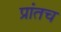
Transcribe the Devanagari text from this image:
प्रांतच